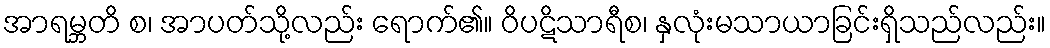
အာရမ္ဘတိ စ၊ အာပတ်သို့လည်း ရောက်၏။ ဝိပဋိသာရီစ၊ နှလုံးမသာယာခြင်းရှိသည်လည်း။